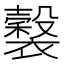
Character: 𧞒